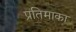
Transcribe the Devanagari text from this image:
प्रतिमाका